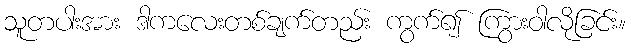
သူတပါးအား ဒါကလေးတစ်ချက်တည်း ကွက်၍ ကြွားဝါလိုခြင်း။